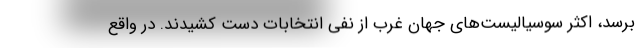
برسد، اکثر سوسیالیست‌های جهان غرب از نفی انتخابات دست کشیدند. در واقع